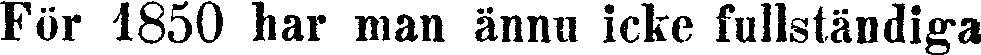
För 1850 har man ännu icke fullständiga